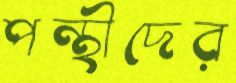
পন্থীদের